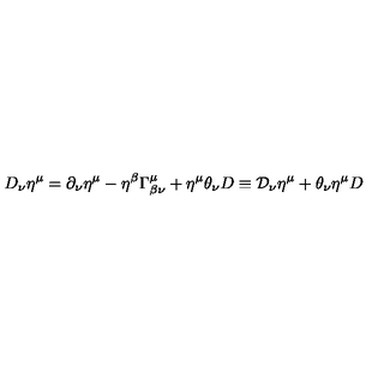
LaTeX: D _ { \nu } \eta ^ { \mu } = \partial _ { \nu } \eta ^ { \mu } - \eta ^ { \beta } \Gamma _ { \beta \nu } ^ { \mu } + \eta ^ { \mu } \theta _ { \nu } D \equiv \mathcal { D } _ { \nu } \eta ^ { \mu } + \theta _ { \nu } \eta ^ { \mu } D